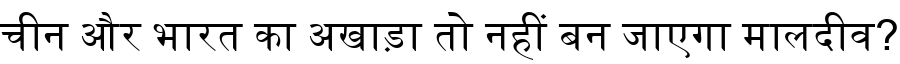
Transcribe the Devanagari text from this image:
चीन और भारत का अखाड़ा तो नहीं बन जाएगा मालदीव?